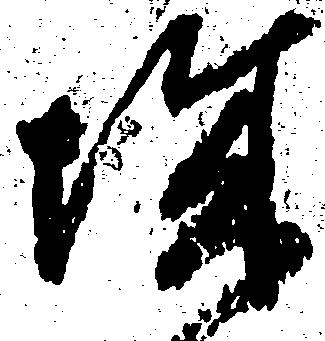
城